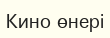
Кино өнері